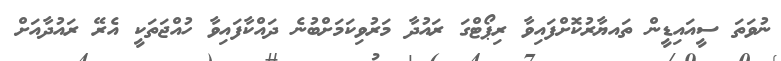
ނުވަތަ ސީއައިޑީން ތައޔާރުކޮށްފައިވާ ރިޕޯޓްގަ ރައުދާ މަރުވިކަމަށްބުނެ ދައްކާފައިވާ ހުއްޖަތަކީ އެރޭ ރައުދާއަށް